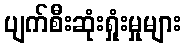
ပျက်စီးဆုံးရှုံးမှုများ